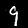
Label: 9